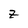
Character: z